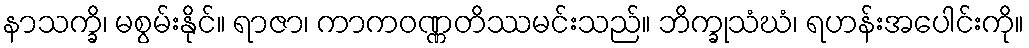
နာသက္ခိ၊ မစွမ်းနိုင်။ ရာဇာ၊ ကာကဝဏ္ဏတိဿမင်းသည်။ ဘိက္ခုသံဃံ၊ ရဟန်းအပေါင်းကို။